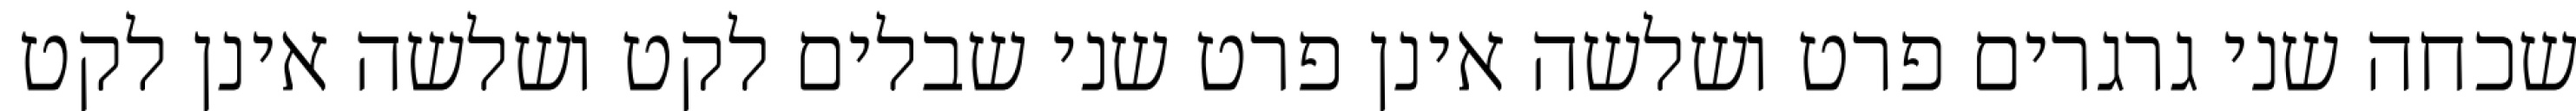
שכחה שני גרגרים פרט ושלשה אינן פרט שני שבלים לקט ושלשה אינן לקט